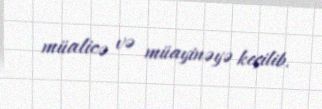
müalicə və müayinəyə keçilib.